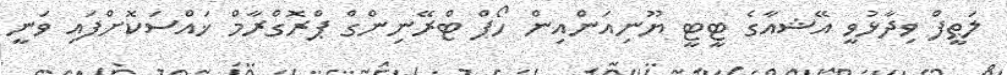
ލަޠީފް ވިދާޅުވީ އޭޝއާގެ ޓީޓީ ޔޫނިއަންއިން ހޯޕް ޓްރޭނިންގް ޕްރޮގްރާމް ޚައްސަކޮށްފައި ވަނީ